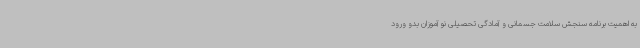
به اهمیت برنامه سنجش سلامت جسمانی و آمادگی تحصیلی نو آموزان بدو ورود